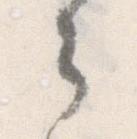
々